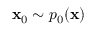
\mathbf { x } _ { 0 } \sim p _ { 0 } ( \mathbf { x } )